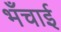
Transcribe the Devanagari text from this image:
भँचाई